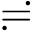
\risingdotseq